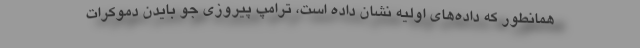
همانطور که داده‌های اولیه نشان داده است، ترامپ پیروزی جو بایدن دموکرات